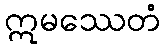
ဣမဿေတံ